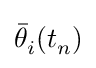
{\bar {\theta }}_{i}^{}(t_{n}^{})